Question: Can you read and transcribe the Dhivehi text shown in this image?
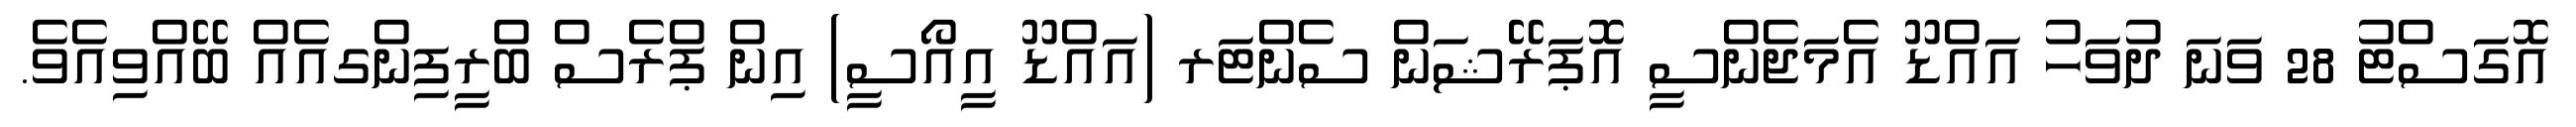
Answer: އޮގަސްޓު 28 ވަނަ ދުވަހު އައްޑޫ އެމަޖެންސީ އޮޕަރޭޝަން ސެންޓަރ (އައްޑޫ އީއޯސީ) އިން ޕްރެސް ބްރީފިންގއެއް ބޭއްވިއެވެ.